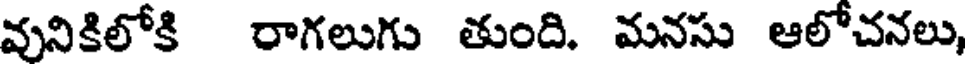
వునికిలోకి రాగలుగు తుంది. మనసు ఆలోచనలు,